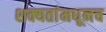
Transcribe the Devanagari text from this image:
शक्यतांमधूनच